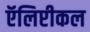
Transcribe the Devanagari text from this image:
ऍलिप्टीकल